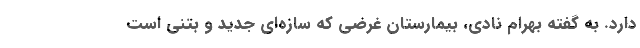
دارد. به گفته بهرام نادی، بیمارستان غرضی که سازه‌ای جدید و بتنی است